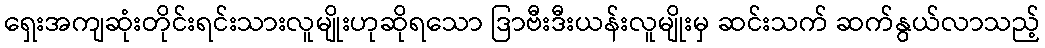
ရှေးအကျဆုံးတိုင်းရင်းသားလူမျိုးဟုဆိုရသော ဒြာဗီးဒီးယန်းလူမျိုးမှ ဆင်းသက် ဆက်နွယ်လာသည့်